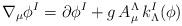
LaTeX: \begin{align*}\nabla_\mu \phi^I = \partial \phi^I + g \,A^\Lambda_\mu \, k^I_\Lambda (\phi)\end{align*}